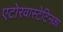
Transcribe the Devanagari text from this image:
एटोरवास्टेटिनका